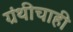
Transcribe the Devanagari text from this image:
ग्रंथीचाही